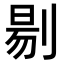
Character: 𭃶